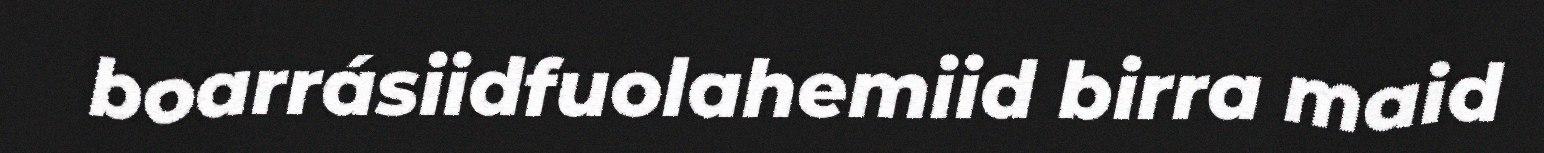
boarrásiidfuolahemiid birra maid